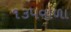
૧૩૫વાળા